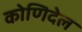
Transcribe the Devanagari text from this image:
कोणिदेल